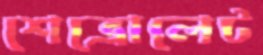
শেভ্রোলেট